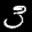
Label: 3